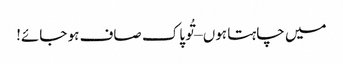
میں چاہتا ہوں – تُو پاک صاف ہو جائے!